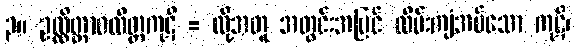
၃။ ဥလ္လိတ္တာဝလိတ္တကုဋိ = ထို့အတူ အတွင်းအပြင် လိမ်းကျံအပ်သော ကုဋိ၊